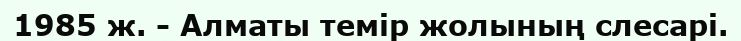
1985 ж. - Алматы темір жолының слесарі.